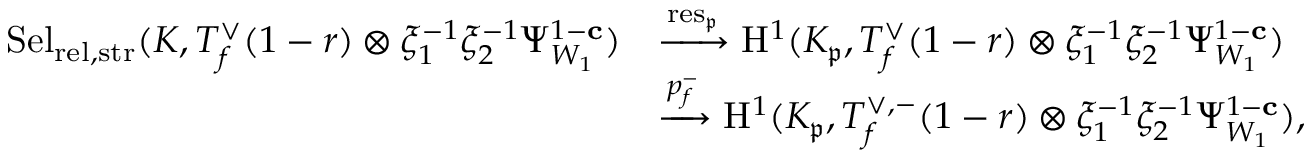
\begin{array} { r l } { \mathrm { S e l } _ { { \mathrm { r e l } , \mathrm { s t r } } } ( K , T _ { f } ^ { \vee } ( 1 - r ) \otimes \xi _ { 1 } ^ { - 1 } \xi _ { 2 } ^ { - 1 } \Psi _ { W _ { 1 } } ^ { 1 - \mathbf { c } } ) } & { \xrightarrow { \mathrm { r e s } _ { \mathfrak { p } } } { \mathrm { H } } ^ { 1 } ( K _ { \mathfrak { p } } , T _ { f } ^ { \vee } ( 1 - r ) \otimes \xi _ { 1 } ^ { - 1 } \xi _ { 2 } ^ { - 1 } \Psi _ { W _ { 1 } } ^ { 1 - \mathbf { c } } ) } \\ & { \xrightarrow { p _ { f } ^ { - } } { \mathrm { H } } ^ { 1 } ( K _ { \mathfrak { p } } , T _ { f } ^ { \vee , - } ( 1 - r ) \otimes \xi _ { 1 } ^ { - 1 } \xi _ { 2 } ^ { - 1 } \Psi _ { W _ { 1 } } ^ { 1 - \mathbf { c } } ) , } \end{array}